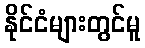
နိုင်ငံများတွင်မူ